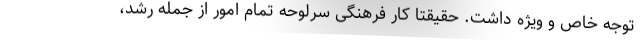
توجه خاص و ویژه داشت. حقیقتا کار فرهنگی سرلوحه تمام امور از جمله رشد،